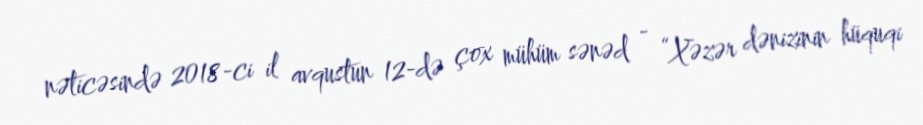
nəticəsində 2018-ci il avqustun 12-də çox mühüm sənəd - “Xəzər dənizinin hüquqi